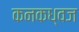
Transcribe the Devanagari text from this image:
कनकध्वज